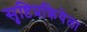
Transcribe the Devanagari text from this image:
सृष्टिप्रक्रियेला